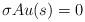
LaTeX: \begin{align*} \sigma A u(s)=0\quad\end{align*}